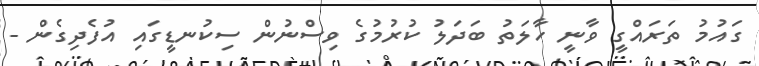
ގައުމު ތަރައްގީ ވާނީ ހާލަތު ބަދަލު ކުރުމުގެ ވިސްނުން ސިކުނޑީގައި އުފެދިގެން -